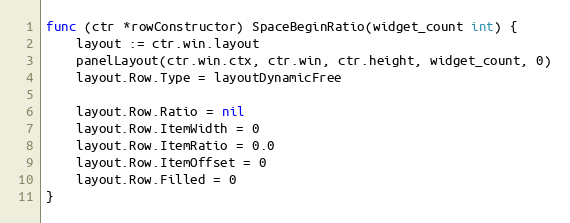
Language: Go
func (ctr *rowConstructor) SpaceBeginRatio(widget_count int) {
	layout := ctr.win.layout
	panelLayout(ctr.win.ctx, ctr.win, ctr.height, widget_count, 0)
	layout.Row.Type = layoutDynamicFree

	layout.Row.Ratio = nil
	layout.Row.ItemWidth = 0
	layout.Row.ItemRatio = 0.0
	layout.Row.ItemOffset = 0
	layout.Row.Filled = 0
}